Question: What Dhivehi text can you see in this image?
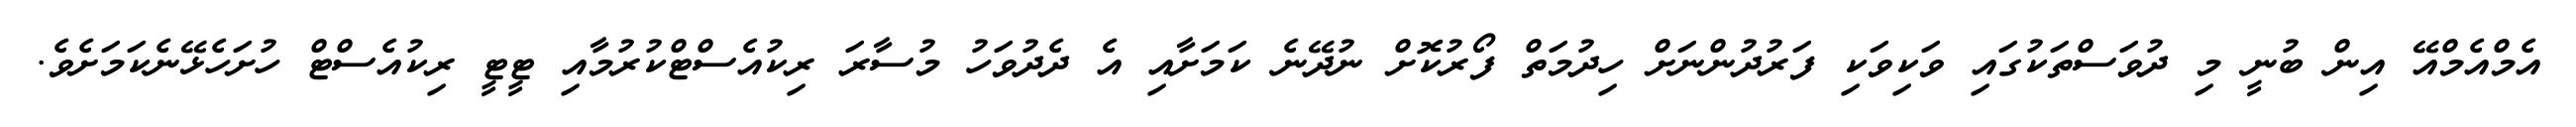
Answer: އެމްއެމްއޭ އިން ބުނީ މި ދުވަސްތަކުގައި ވަކިވަކި ފަރުދުންނަށް ހިދުމަތް ފޯރުކޮށް ނުދޭނެ ކަމަށާއި އެ ދެދުވަހު މުސާރަ ރިކުއެސްޓްކުރުމާއި ޓީޓީ ރިކުއެސްޓް ހުށަހެޅޭނެކަމަށެވެ.